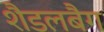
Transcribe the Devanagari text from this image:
शैडलबैग